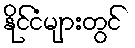
နိုင်ငံများတွင်